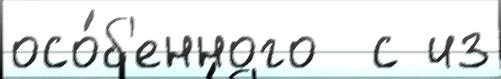
осо́б'енного  с из